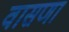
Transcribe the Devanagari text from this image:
वासणा